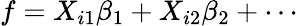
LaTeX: f=X_{i1}\beta_{1}+X_{i2}\beta_{2}+\cdots